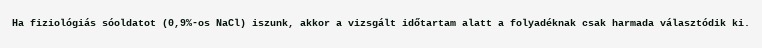
Ha fiziológiás sóoldatot (0,9%-os NaCl) iszunk, akkor a vizsgált időtartam alatt a folyadéknak csak harmada választódik ki.